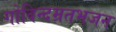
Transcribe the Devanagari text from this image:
गोविन्दम्रतभजन